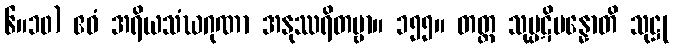
၆။၁၀) ဧဝံ အရိယသံဃဂုဏာ အနုဿရိတဗ္ဗာ။ ၁၅၅။ တတ္ထ သုပ္ပဋိပန္နောတိ သုဋ္ဌု